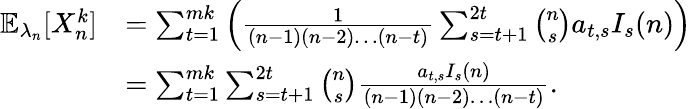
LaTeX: \begin{array}{rl}{\mathbb{E}_{\lambda_{n}}[X_{n}^{k}]}&{=\sum_{t=1}^{mk}\left(\frac{1}{(n-1)(n-2)\dots(n-t)}\sum_{s=t+1}^{2t}{\binom{n}{s}}a_{t,s}I_{s}(n)\right)}\\ &{=\sum_{t=1}^{mk}\sum_{s=t+1}^{2t}{\binom{n}{s}}\frac{a_{t,s}I_{s}(n)}{(n-1)(n-2)\dots(n-t)}.}\end{array}